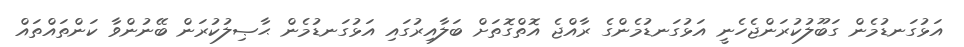
އަޅުގަނޑުމެން ގަބޫލުކުރަންޖެހެނީ އަޅުގަނޑުމެންގެ ރާއްޖެ އޮތްގޮތަށް ބަލާއިރުގައި އަޅުގަނޑުމެން ޙާޞިލުކުރަން ބޭނުންވާ ކަންތައްތައް